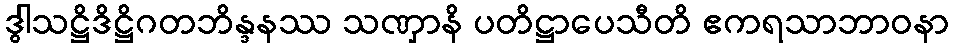
ဒွါသဋ္ဌိဒိဋ္ဌိဂတဘိန္ဒနဿ သဏှာနိ ပတိဋ္ဌာပေသီတိ ဧကရသာဘာဝနာ